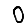
Digit: 0